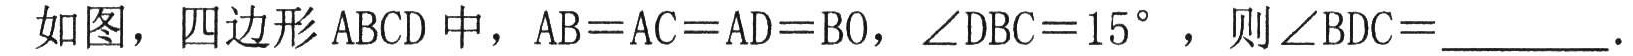
如图，四边形\(ABCD\)中，\(AB = AC = AD = BD\)，\(\angle DBC = 15^{\circ}\)，则\(\angle BDC=\underline{\qquad}\).